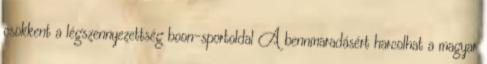
csökkent a légszennyezettség boon-sportoldal A bennmaradásért harcolhat a magyar